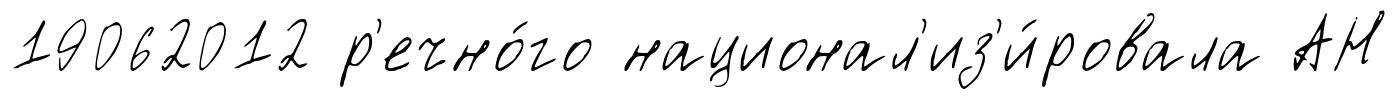
19062012 р'ечно́го национал'из'и́ровала АН